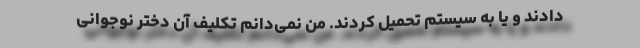
دادند و یا به سیستم تحمیل کردند. من نمی‌دانم تکلیف آن دختر نوجوانی